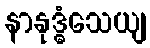
နာနုဒ္ဓံသေယျ